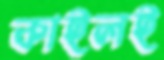
কাইলই